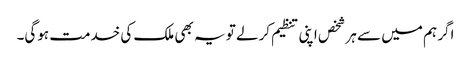
اگر ہم میں سے ہر شخص اپنی تنظیم کرلے تو یہ بھی ملک کی خدمت ہوگی۔